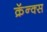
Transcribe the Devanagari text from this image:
क्रॅन्क्स